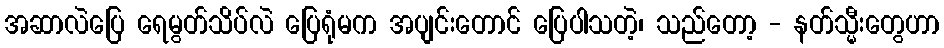
အဆာလဲပြေ ရေမွတ်သိပ်လဲ ပြေရုံမက အပျင်းတောင် ပြေပါသတဲ့၊ သည်တော့ - နတ်သ္မီးတွေဟာ